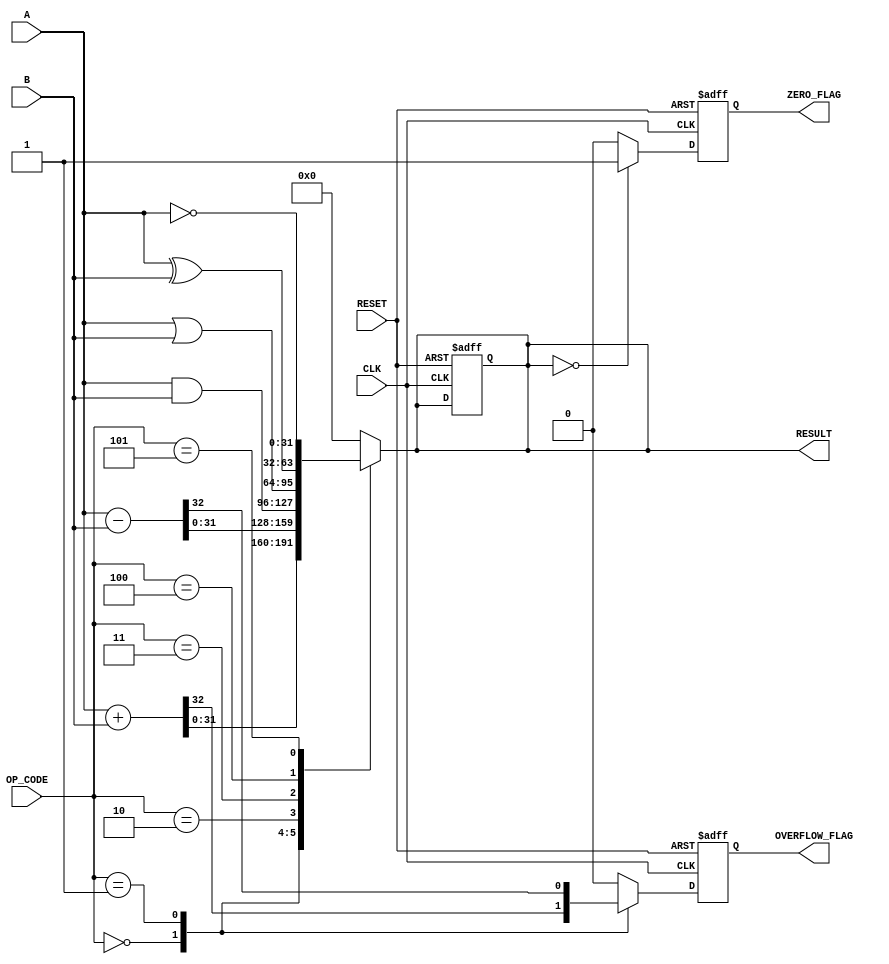
module Parameterized_ALU #(parameter DATA_WIDTH = 32,
                            parameter OPERATION_MODE = 4) (
    input  [DATA_WIDTH-1:0] A,            // First operand
    input  [DATA_WIDTH-1:0] B,            // Second operand
    input  [OPERATION_MODE-1:0] OP_CODE,  // Operation code
    input  CLK,                            // Clock signal
    input  RESET,                          // Asynchronous reset
    output reg [DATA_WIDTH-1:0] RESULT,   // Result of the operation
    output reg ZERO_FLAG,                  // Zero flag
    output reg OVERFLOW_FLAG                // Overflow flag
);

    // Define operation codes
    localparam ADD      = 3'b000;
    localparam SUB      = 3'b001;
    localparam AND      = 3'b010;
    localparam OR       = 3'b011;
    localparam XOR      = 3'b100;
    localparam NOT      = 3'b101;

    // Internal signals
    reg [DATA_WIDTH-1:0] add_result, sub_result;
    reg overflow;

    // Combinatorial logic for arithmetic and logic operations
    always @(*) begin
        // Default values
        RESULT = 0;
        overflow = 0;

        case(OP_CODE)
            ADD: begin
                {overflow, add_result} = A + B;  // Capture overflow
                RESULT = add_result;
            end

            SUB: begin
                {overflow, sub_result} = A - B;  // Capture overflow
                RESULT = sub_result;
            end

            AND: RESULT = A & B;
            OR:  RESULT = A | B;
            XOR: RESULT = A ^ B;
            NOT: RESULT = ~A; // NOT operation on A

            default: RESULT = 0; // Default case
        endcase
    end

    // Sequential logic for updating flags and result
    always @(posedge CLK or posedge RESET) begin
        if (RESET) begin
            RESULT <= 0;
            ZERO_FLAG <= 0;
            OVERFLOW_FLAG <= 0;
        end else begin
            // Update result and flags
            ZERO_FLAG <= (RESULT == 0) ? 1'b1 : 1'b0;
            OVERFLOW_FLAG <= overflow;
        end
    end

endmodule